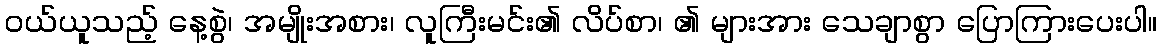
ဝယ်ယူသည့် နေ့စွဲ၊ အမျိုးအစား၊ လူကြီးမင်း၏ လိပ်စာ၊ ၏ များအား သေချာစွာ ပြောကြားပေးပါ။